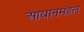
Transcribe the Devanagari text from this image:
आयानमंडल